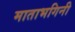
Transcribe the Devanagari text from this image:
माताभगिनी